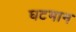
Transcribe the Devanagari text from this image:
घटमान